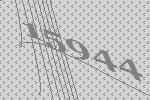
15944